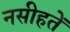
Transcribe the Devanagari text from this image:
नसीहतें